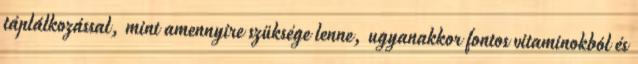
táplálkozással, mint amennyire szüksége lenne, ugyanakkor fontos vitaminokból és